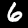
Label: 6